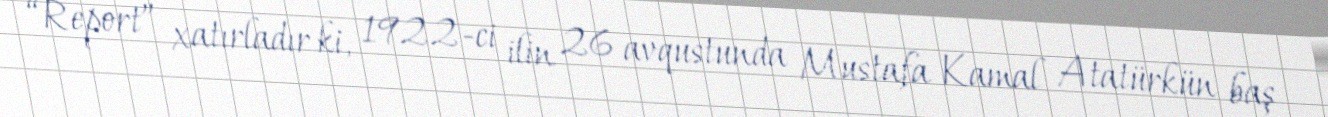
“Report” xatırladır ki, 1922-ci ilin 26 avqustunda Mustafa Kamal Atatürkün baş